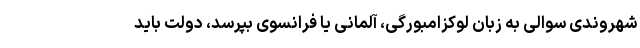
شهروندی سوالی به زبان لوکزامبورگی، آلمانی یا فرانسوی بپرسد، دولت باید